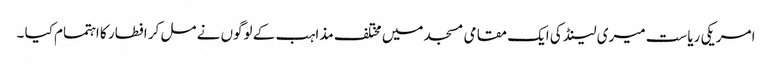
امریکی ریاست میری لینڈ کی ایک مقامی مسجد میں مختلف مذاہب کے لوگوں نے مل کر افطار کا اہتمام کیا ۔